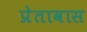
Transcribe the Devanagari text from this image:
प्रेतावास